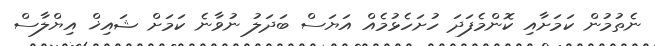
ނެތުމުން ކަމަށާއި ކޮންމެފަދަ ހުށަހެޅުމެއް އަޔަސް ބަދަލު ނުވާނެ ކަމަށް ޝައިޚް އިޔްލާސް